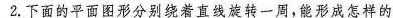
2.下面的平面图形分别绕着直线旋转一周，能形成怎样的